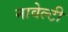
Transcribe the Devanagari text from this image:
नावेल्टी